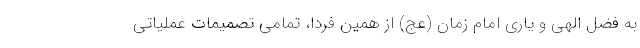
به فضل الهی و یاری امام زمان (عج) از همین فردا، تمامی تصمیمات عملیاتی